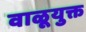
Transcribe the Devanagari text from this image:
वाळूयुक्त